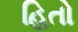
હિતો